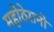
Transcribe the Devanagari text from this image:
महोठेरानी